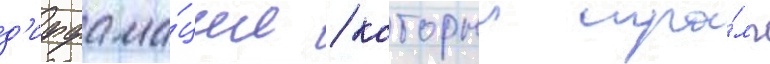
д'иффама́ции / которыи тра́мп